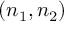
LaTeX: ( n _ { 1 } , n _ { 2 } )